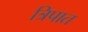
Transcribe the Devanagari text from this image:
त्रिपात